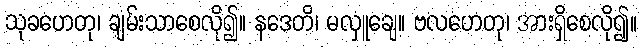
သုခဟေတု၊ ချမ်းသာစေလို၍။ နဒေတိ၊ မလှူချေ။ ဗလဟေတု၊ အားရှိစေလို၍။